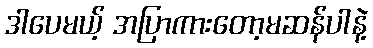
ဒါပေမယ့် အပြာကားတော့မဆန်ပါနဲ့